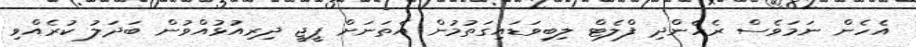
އެހެން ނަމަވެސް ރެހެންދި ފްލެޓް ލިބިވަޑައިގަތުމުން އެތަނަށް ޕީޖީ ދިރިއުޅުއްވުން ބަދަލު ކުރެއްވި